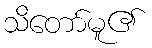
သိတော်မူ၏